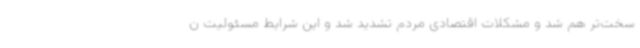
سخت‌تر هم شد و مشکلات اقتصادی مردم تشدید شد و این شرایط مسئولیت ن